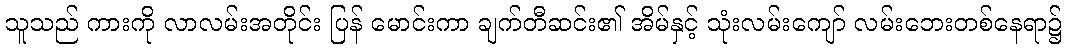
သူသည် ကားကို လာလမ်းအတိုင်း ပြန် မောင်းကာ ချက်တီဆင်း၏ အိမ်နှင့် သုံးလမ်းကျော် လမ်းဘေးတစ်နေရာ၌